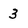
Character: 3